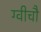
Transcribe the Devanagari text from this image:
ग्वीचौ